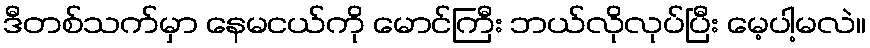
ဒီတစ်သက်မှာ နေမငယ်ကို မောင်ကြီး ဘယ်လိုလုပ်ပြီး မေ့ပါ့မလဲ။